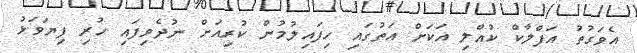
އެވަގުތު އަފްލާކް ކުއްލި އަކަށް އަތުގައި ހިފައިލުމުން ކުރިއަށް ނުދެވިފައި ހުރި ފިޔަވަޅު